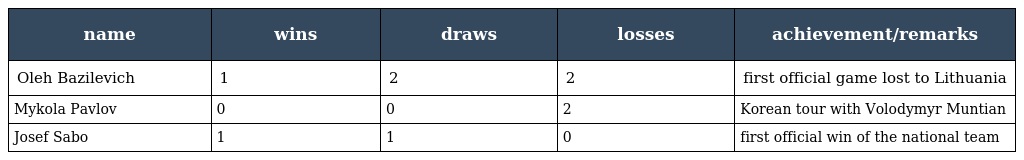
| name | wins | draws | losses | achievement/remarks |
 | --- | --- | --- | --- | --- |
 | Oleh Bazilevich | 1 | 2 | 2 | first official game lost to Lithuania |
 | Mykola Pavlov | 0 | 0 | 2 | Korean tour with Volodymyr Muntian |
 | Josef Sabo | 1 | 1 | 0 | first official win of the national team |